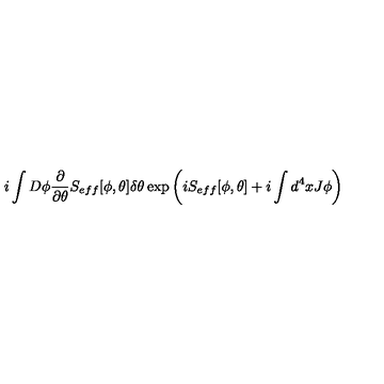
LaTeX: i \int D \phi \frac { \partial } { \partial \theta } S _ { e f f } [ \phi , \theta ] \delta \theta \exp \left( i S _ { e f f } [ \phi , \theta ] + i \int d ^ { 4 } x J \phi \right)